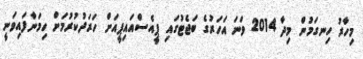
މިހާރު ހިނގަމުން މިދާ 2014 ވަނަ އަހަރުގެ ބަޖެޓުގައި ޕީއެސްއައިޕީއަށް ހަރަދުކުރުމަށް ހިމަނާފައިވަނީ